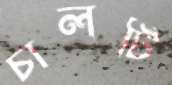
চালটি